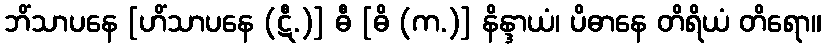
ဘိံသာပနေ [ဟိံသာပနေ (ဋီ.)] ဓီ [ဓိ (က.)] နိန္ဒာယံ၊ ပိဓာနေ တိရိယံ တိရော။